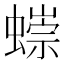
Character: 𧐿